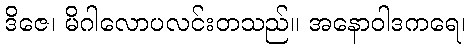
ဒိဇေ၊ မိဂါလောပလင်းတသည်။ အနောဝါဒကရေ၊